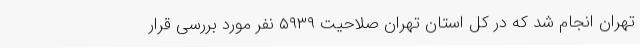
تهران انجام شد که در کل استان تهران صلاحیت ۵۹۳۹ نفر مورد بررسی قرار